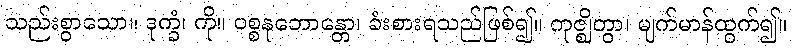
သည်းစွာသော။ ဒုက္ခံ၊ ကို။ ပစ္စနုဘောန္တော၊ ခံးစားရသည်ဖြစ်၍။ ကုဇ္ဈိတွာ၊ မျက်မာန်ထွက်၍။